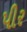
પીર